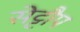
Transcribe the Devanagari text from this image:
सेट्टौप